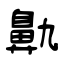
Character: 鼽